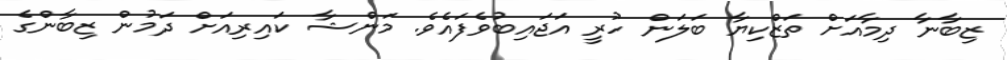
ޒިބާނާ ދިމާއަށް ތަޒްކިޔާ ބަލަން ހުރީ އަޖައިބުވެފައެވެ. މަންޝާ ކައިރިއަށް ދަމުން ޒިބާންގެ